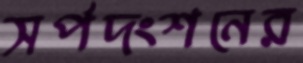
সর্পদংশনের